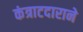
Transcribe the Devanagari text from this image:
कंत्राटदाराने